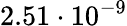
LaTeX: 2.51\cdot 10^{-9}